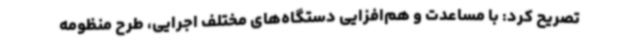
تصریح کرد: با مساعدت و هم‌افزایی دستگاه‌های مختلف اجرایی، طرح منظومه